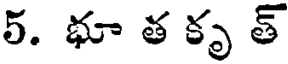
5. భూ త కృ త్